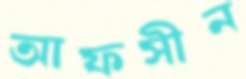
আফসীন